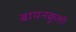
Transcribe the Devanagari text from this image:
बायनकुली